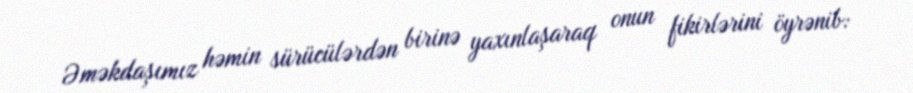
Əməkdaşımız həmin sürücülərdən birinə yaxınlaşaraq onun fikirlərini öyrənib: